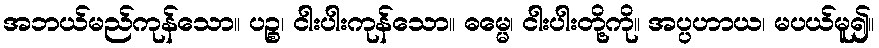
အဘယ်မည်ကုန်သော။ ပဉ္စ၊ ငါးပါးကုန်သော။ ဓမ္မေ၊ ငါးပါးတို့ကို။ အပ္ပဟာယ၊ မပယ်မူ၍။